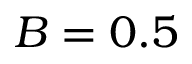
B = 0 . 5